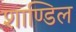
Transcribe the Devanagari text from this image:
शाण्डिल